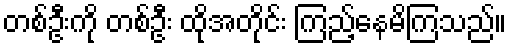
တစ်ဦးကို တစ်ဦး ထိုအတိုင်း ကြည့်နေမိကြသည်။